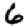
Digit: 6